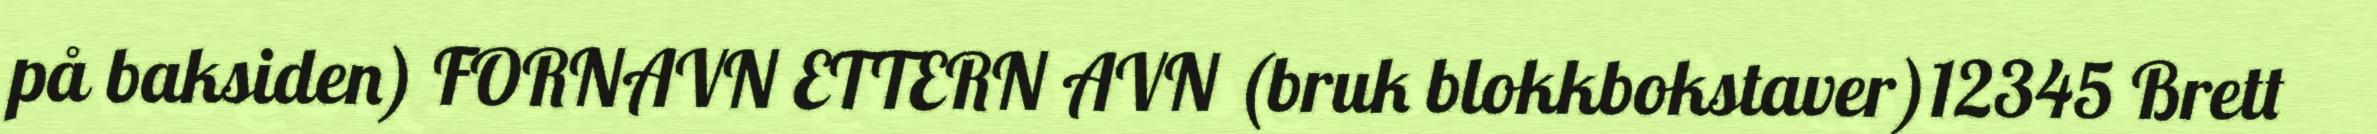
på baksiden) FORNAVN ETTERN AVN (bruk blokkbokstaver)12345 Brett